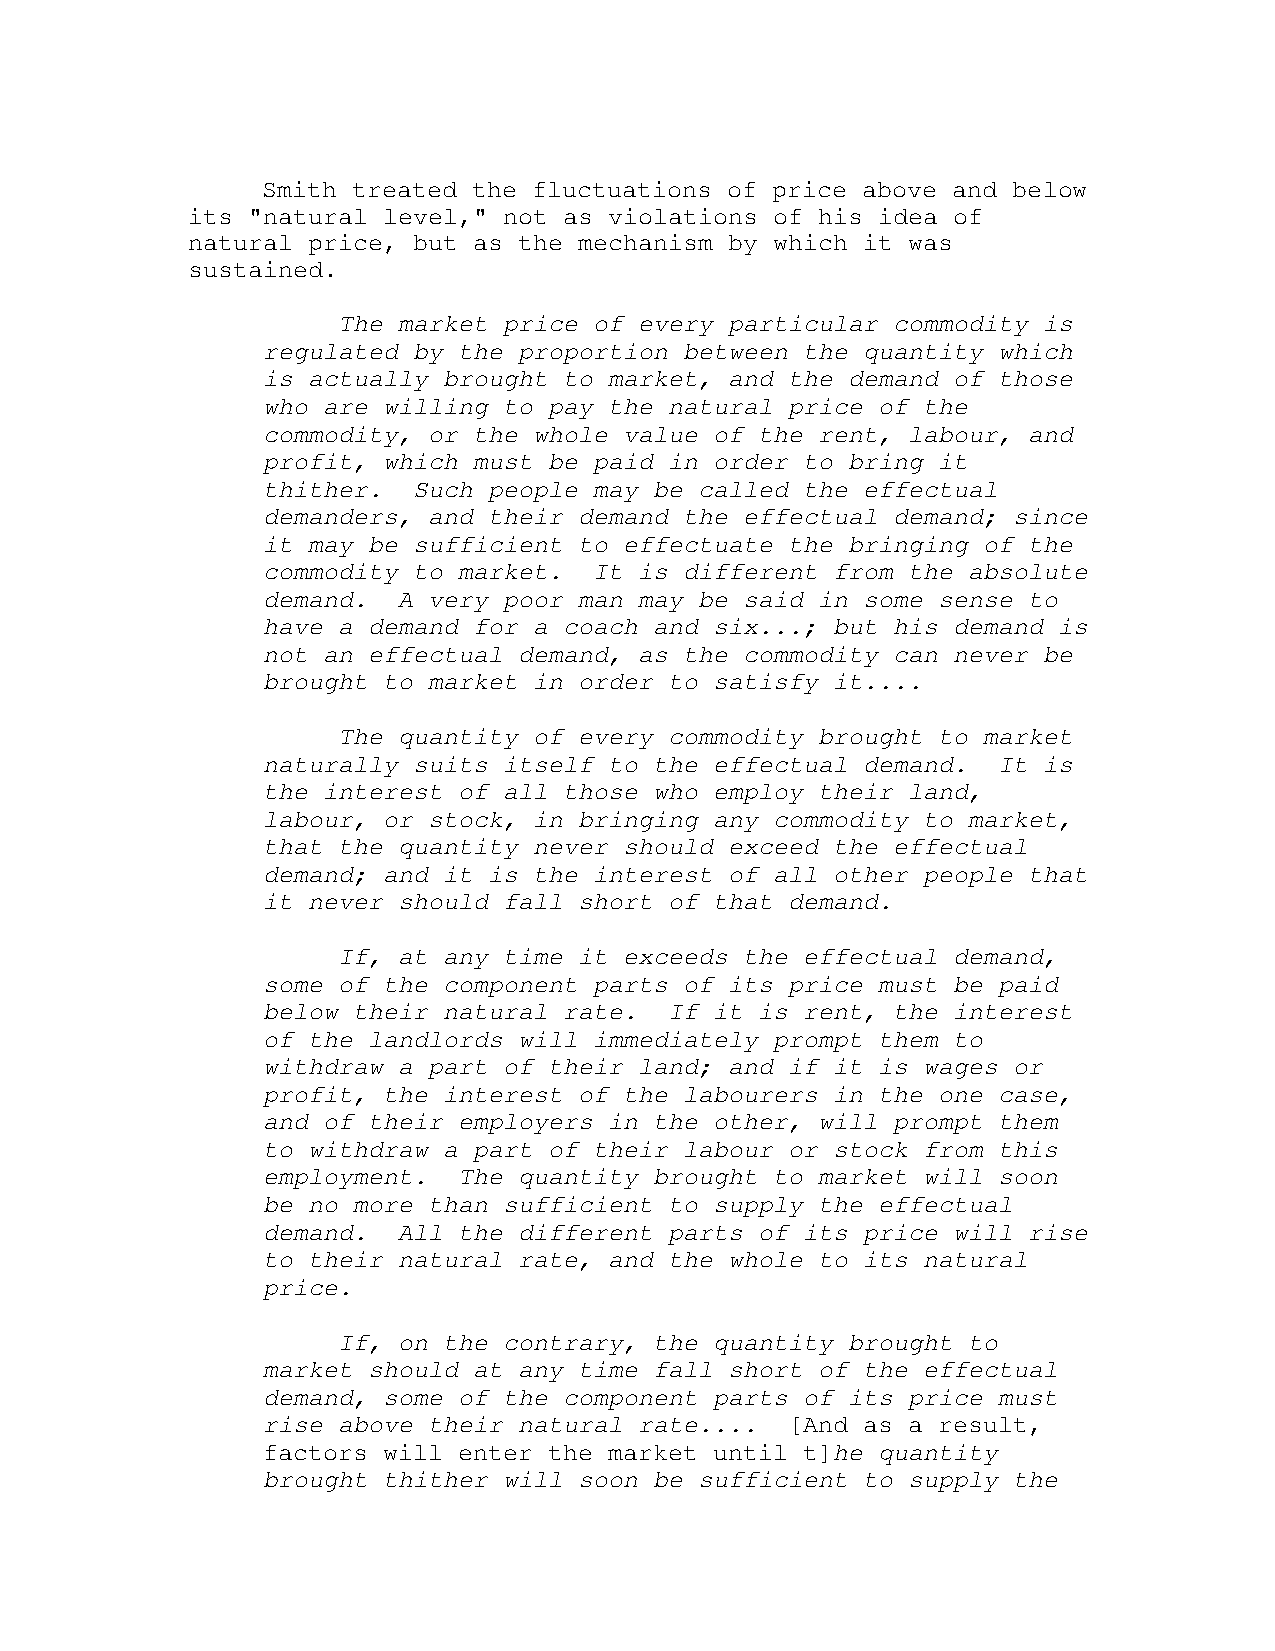
Smith treated the fluctuations of price above and below
 its "natural level," not as violations of his idea of
 natural price, but as the mechanism by which it was
 sustained.
 The market price of every particular commodity is
 regulated by the proportion between the quantity which
 is actually brought to market, and the demand of those
 who are willing to pay the natural price of the
 commodity, or the whole value of the rent, labour, and
 profit, which must be paid in order to bring it
 thither.  Such people may be called the effectual
 demanders, and their demand the effectual demand; since
 it may be sufficient to effectuate the bringing of the
 commodity to market.  It is different from the absolute
 demand.  A very poor man may be said in some sense to
 have a demand for a coach and six...; but his demand is
 not an effectual demand, as the commodity can never be
 brought to market in order to satisfy it....
 The quantity of every commodity brought to market
 naturally suits itself to the effectual demand.  It is
 the interest of all those who employ their land,
 labour, or stock, in bringing any commodity to market,
 that the quantity never should exceed the effectual
 demand; and it is the interest of all other people that
 it never should fall short of that demand.
 If, at any time it exceeds the effectual demand,
 some of the component parts of its price must be paid
 below their natural rate.  If it is rent, the interest
 of the landlords will immediately prompt them to
 withdraw a part of their land; and if it is wages or
 profit, the interest of the labourers in the one case,
 and of their employers in the other, will prompt them
 to withdraw a part of their labour or stock from this
 employment.  The quantity brought to market will soon
 be no more than sufficient to supply the effectual
 demand.  All the different parts of its price will rise
 to their natural rate, and the whole to its natural
 price.
 If, on the contrary, the quantity brought to
 market should at any time fall short of the effectual
 demand, some of the component parts of its price must
 rise above their natural rate....  [And as a result,
 factors will enter the market until t]he quantity
 brought thither will soon be sufficient to supply the